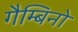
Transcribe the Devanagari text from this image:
गैम्बिनो